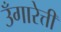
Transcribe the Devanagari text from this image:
उँगारेत्ती